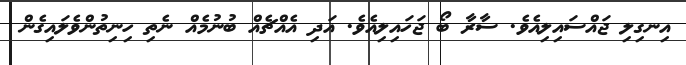
އިނގިލި ޖައްސައިލިއެވެ. ސާރާ ބޯ ޖަހައިލިއެވެ. އަދި އެއްޗެއް ބުނުމެއް ނެތި ހިނިތުންވެލައިގެން